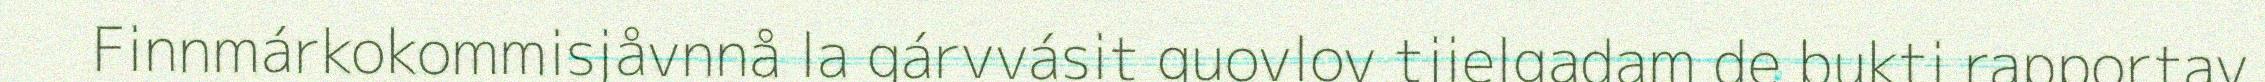
Finnmárkokommisjåvnnå la gárvvásit guovlov tjielgadam de bukti rapportav